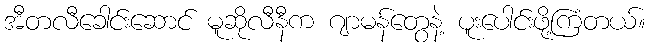
အီတလီခေါင်းဆောင် မူဆိုလီနီက ဂျာမန်တွေနဲ့ ပူးပေါင်းဖို့ကြံတယ်။